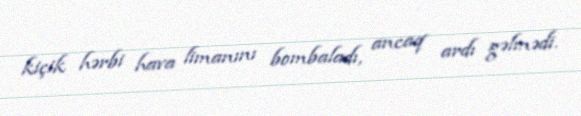
kiçik hərbi hava limanını bombaladı, ancaq ardı gəlmədi.